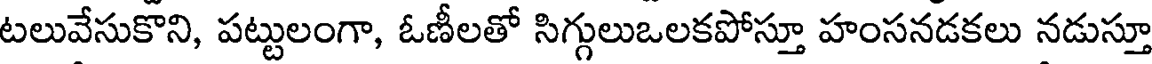
టలువేసుకొని, పట్టులంగా, ఓణీలతో సిగ్గులుఒలకపోస్తూ హంసనడకలు నడుస్తూ